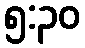
၅:၃၀